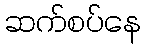
ဆက်စပ်နေ